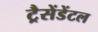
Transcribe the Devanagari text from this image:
ट्रैसेंडेंटल